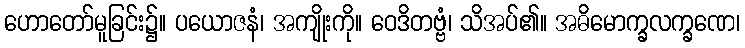
ဟောတော်မူခြင်း၌။ ပယောဇနံ၊ အကျိုးကို။ ဝေဒိတဗ္ဗံ၊ သိအပ်၏။ အဓိမောက္ခလက္ခဏေ၊